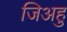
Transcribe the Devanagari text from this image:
जिअहु